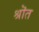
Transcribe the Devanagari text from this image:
श्रॊत